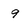
Character: 9